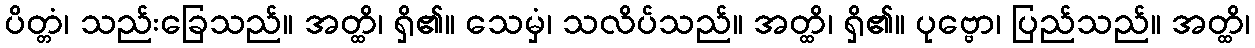
ပိတ္တံ၊ သည်းခြေသည်။ အတ္ထိ၊ ရှိ၏။ သေမှံ၊ သလိပ်သည်။ အတ္ထိ၊ ရှိ၏။ ပုဗ္ဗော၊ ပြည်သည်။ အတ္ထိ၊